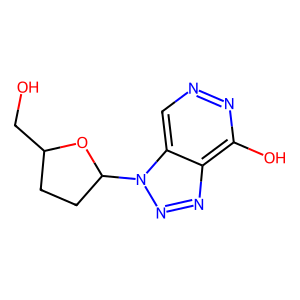
SMILES: OCC1CCC(n2nnc3c(O)nncc32)O1
Inhibits HIV replication: No